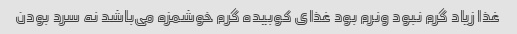
غذا زیاد گرم نبود ونرم بود غذای کوبیده گرم خوشمزه می‌باشد نه سرد بودن